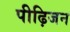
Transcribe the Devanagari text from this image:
पीढ़िजन